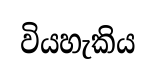
වියහැකිය